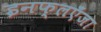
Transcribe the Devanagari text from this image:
इनफ्लएँजा